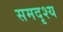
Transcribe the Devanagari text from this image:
समदृश्य